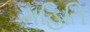
મહિતિ